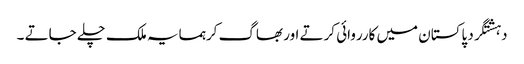
دہشتگرد پاکستان میں کارروائی کرتے اور بھاگ کرہمسایہ ملک چلے جاتے ۔